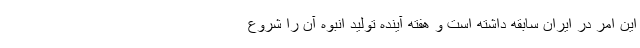
این امر در ایران سابقه داشته است و هفته آینده تولید انبوه آن را شروع